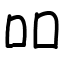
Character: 吅